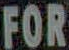
FOR